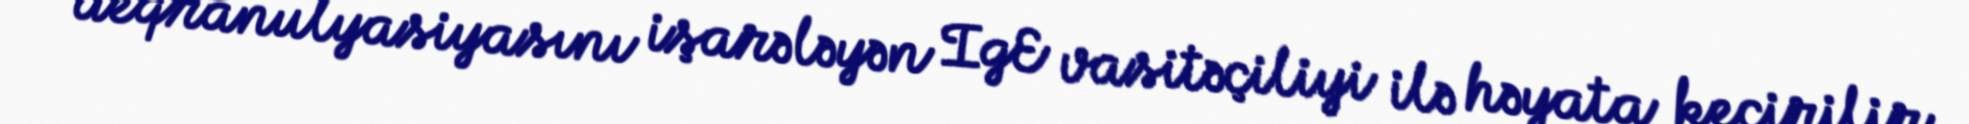
deqranulyasiyasını işarələyən IgE vasitəçiliyi ilə həyata keçirilir.